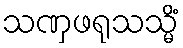
သဏှဖရုသသ္မိံ